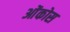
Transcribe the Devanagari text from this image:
ओंकोस